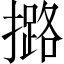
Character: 𢷅